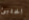
اختبئ